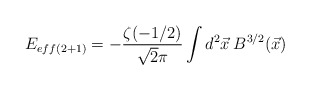
\begin{align*}E_{eff(2+1)}=-\frac{\zeta(-1/2)}{\sqrt{2}\pi}\int d^{2}\vec{x}\:B^{3/2}(\vec{x})\end{align*}